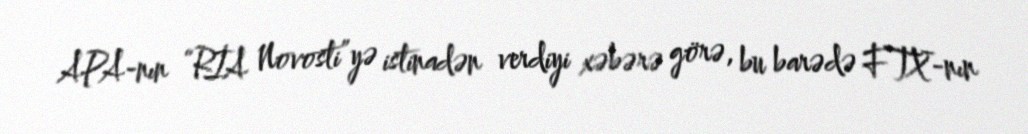
APA-nın “RİA Novosti”yə istinadən verdiyi xəbərə görə, bu barədə FTX-nın